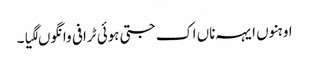
اوہنوں ایہہ ناں اک جتی ہوئی ٹرافی وانگوں لگیا۔